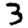
Digit: 3